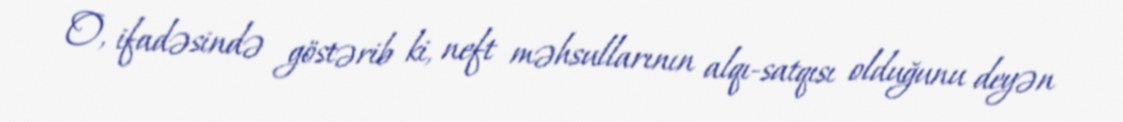
O, ifadəsində göstərib ki, neft məhsullarının alqı-satqısı olduğunu deyən